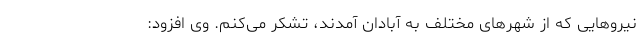
نیروهایی که از شهرهای مختلف به آبادان آمدند، تشکر می‌کنم. وی افزود: